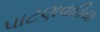
પાટણવાડિયા